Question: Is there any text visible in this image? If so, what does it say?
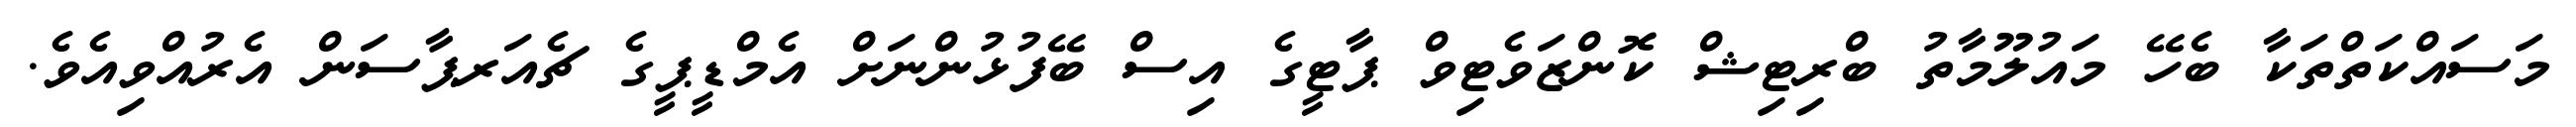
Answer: މަސައްކަތްތަކާ ބެހޭ މައުލޫމާތު ބްރިޓިޝް ކޮންޒަވެޓިވް ޕާޓީގެ އިސް ބޭފުޅުންނަށް އެމްޑީޕީގެ ޗެއަރޕާސަން އެރުއްވިއެވެ.